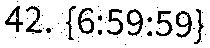
42. {6:59:59}